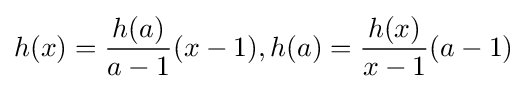
h(x)={\frac {h(a)}{a-1}}(x-1),h(a)={\frac {h(x)}{x-1}}(a-1)